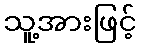
သူ့အားဖြင့်